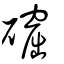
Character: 𥖚